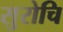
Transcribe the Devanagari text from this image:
सुरोचि